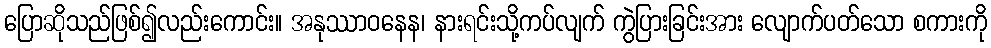
ပြောဆိုသည်ဖြစ်၍လည်းကောင်း။ အနုဿာဝနေန၊ နားရင်းသို့ကပ်လျက် ကွဲပြားခြင်းအား လျောက်ပတ်သော စကားကို